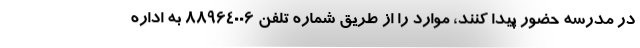
در مدرسه حضور پیدا کنند، موارد را از طریق شماره تلفن ۸۸۹۶۴۰۰۶ به اداره